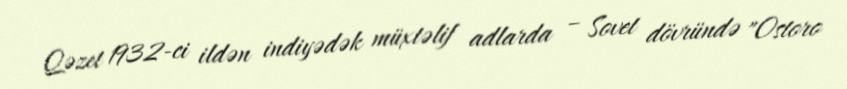
Qəzet 1932-ci ildən indiyədək müxtəlif adlarda – Sovet dövründə "Ostoro